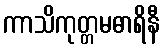
ကာသိကုတ္တမဓာရိနီ